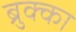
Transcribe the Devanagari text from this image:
ब्रुक्का